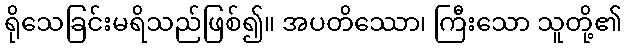
ရိုသေခြင်းမရိသည်ဖြစ်၍။ အပတိဿော၊ ကြီးသော သူတို့၏